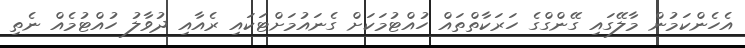
އެހެންކަމުން މާލޭގައި ގޭންގްގެ ހަރަކާތްތައް ހުއްޓުމަކަށް ގެނައުމަށްޓަކައި ރެއާއި ދުވާލު ހުއްޓުމެއް ނެތި